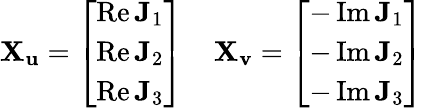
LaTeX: \mathbf{X_{u}}={\left[\begin{array}{l}{\operatorname{Re}\mathbf{J}_{1}}\\ {\operatorname{Re}\mathbf{J}_{2}}\\ {\operatorname{Re}\mathbf{J}_{3}}\end{array}\right]}\; \; \; \; \mathbf{X_{v}}={\left[\begin{array}{l}{-\operatorname{Im}\mathbf{J}_{1}}\\ {-\operatorname{Im}\mathbf{J}_{2}}\\ {-\operatorname{Im}\mathbf{J}_{3}}\end{array}\right]}